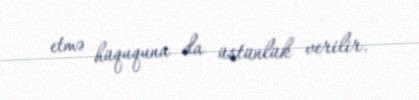
etmə hüququna da üstünlük verilir.